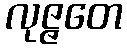
လုဇ္ဇတေ